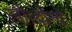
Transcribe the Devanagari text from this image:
ली।दोनों